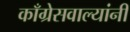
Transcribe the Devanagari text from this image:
काँग्रेसवाल्यांनी